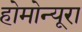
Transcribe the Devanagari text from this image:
होमोन्यूरा